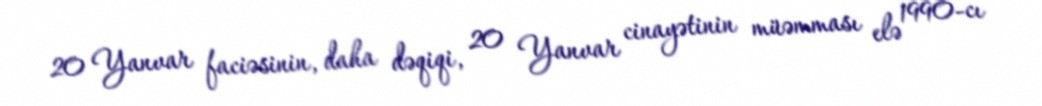
20 Yanvar faciəsinin, daha dəqiqi, 20 Yanvar cinayətinin müəmması elə 1990-cı